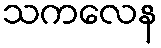
သကလေန